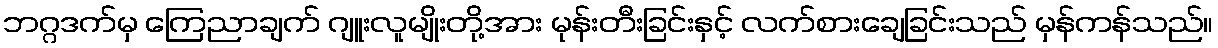
ဘဂ္ဂဒက်မှ ကြေညာချက် ဂျူးလူမျိုးတို့အား မုန်းတီးခြင်းနှင့် လက်စားချေခြင်းသည် မှန်ကန်သည်။